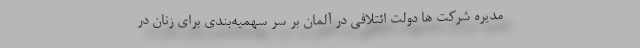
مدیره شرکت ها دولت ائتلافی در آلمان بر سر سهمیه‌بندی برای زنان در